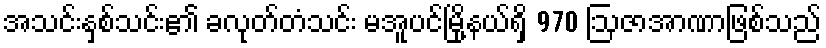
အသင်းနှစ်သင်း၏ ခလုတ်တံသင်း မအူပင်မြို့နယ်ရှိ 970 ဩဇာအာဏာဖြစ်သည်